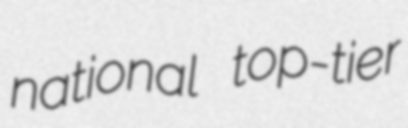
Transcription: national top-tier